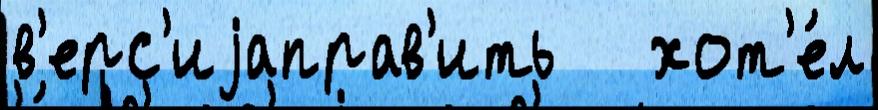
в'ерс'иjаправ'ить   хот'е́л